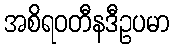
အစိရဝတီနဒီဥပမာ